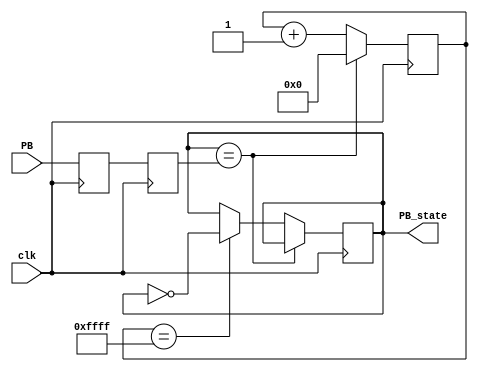
module debouncer(
    input clk, //this is a 50MHz clock provided on FPGA pin PIN_Y2
    input PB,  //this is the input to be debounced
    output reg PB_state  //this is the debounced switch
);
/*This module debounces the pushbutton PB.
 *It can be added to your project files and called as is:
 *DO NOT EDIT THIS MODULE
 */

// Synchronize the switch input to the clock
reg PB_sync_0;
always @(posedge clk) PB_sync_0 <= PB;
reg PB_sync_1;
always @(posedge clk) PB_sync_1 <= PB_sync_0;

// Debounce the switch
reg [15:0] PB_cnt;
always @(posedge clk)
if(PB_state==PB_sync_1)
    PB_cnt <= 0;
else
begin
    PB_cnt <= PB_cnt + 1'b1; 
    if(PB_cnt == 16'hffff) PB_state <= ~PB_state; 
end
endmodule